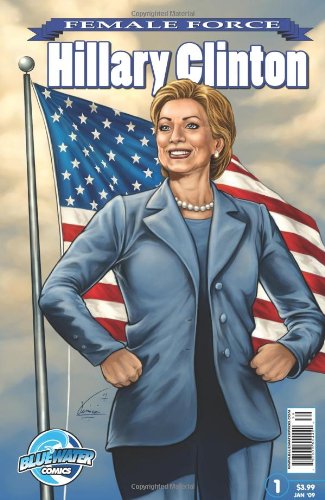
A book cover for Female Force: Hillary Clinton; Neal Bailey; Comics & Graphic Novels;